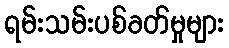
ရမ်းသမ်းပစ်ခတ်မှုများ